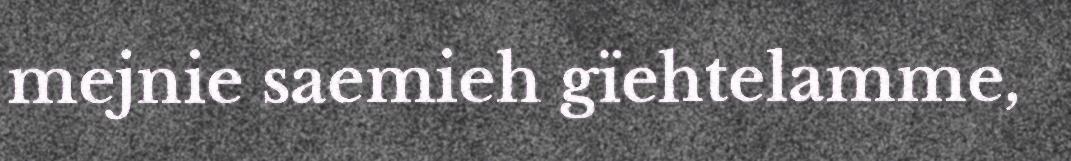
mejnie saemieh gïehtelamme,